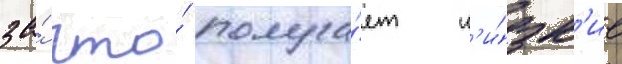
за́ что́ получа́ет н'и́зк'ие